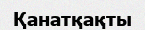
Қанатқақты